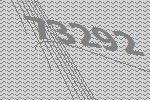
73292